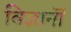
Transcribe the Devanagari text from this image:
विज्ञानॊं